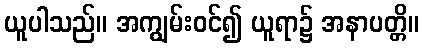
ယူပါသည်။ အကျွမ်းဝင်၍ ယူရာ၌ အနာပတ္တိ။